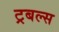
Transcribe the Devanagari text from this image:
ट्रबल्स